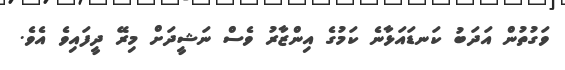
ވަގުތުން އަދަބު ކަނޑައަޅާނެ ކަމުގެ އިންޒާރު ވެސް ނަޝީދަށް މިރޭ ދީފައިވެ އެވެ.